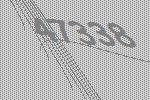
47338